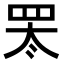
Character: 𬙛